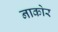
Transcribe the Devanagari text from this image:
नाकोर